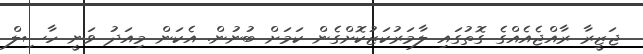
ޖަޒީރާ ރާއްޖެއެއްގެ ގޮތުގައި ލާމަރުކަޒުކޮށްގެން ކަމަަށް ބުނުން. އެކަން މިއަދު ވަނީ ހާސިލް